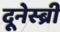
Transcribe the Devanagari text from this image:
दूनेस्ब्री